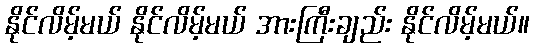
နိုင်လိမ့်မယ် နိုင်လိမ့်မယ် အားကြီးချည်း နိုင်လိမ့်မယ်။